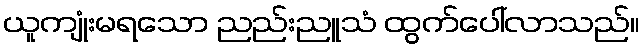
ယူကျုံးမရသော ညည်းညူသံ ထွက်ပေါ်လာသည်။